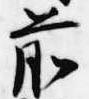
前